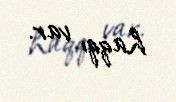
haqqı var.